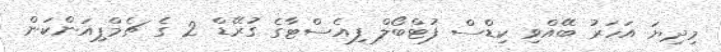
މިދިޔަ އަހަރު ބޭއްވި ކިޑްސް ފުޓްބޯލް ފިއެސްޓާގެ ގުރޭޑް 2 ގެ ޗެމްޕިއަންކަން